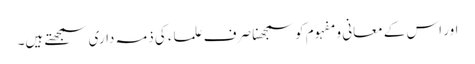
اور اس کے معانی و مفہوم کو سمجھنا صرف علماء کی ذمہ داری سمجھتے ہیں۔